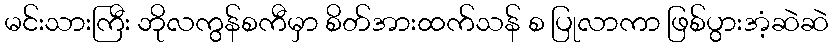
မင်းသားကြီး ဘိုလကွန်စကီမှာ စိတ်အားထက်သန် စ ပြုလာကာ ဖြစ်ပွားအံ့ဆဲဆဲ